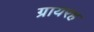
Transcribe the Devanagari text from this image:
ग्रायरह